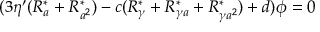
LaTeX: ( 3 \eta ^ { \prime } ( R _ { a } ^ { \ast } + R _ { a ^ { 2 } } ^ { \ast } ) - c ( R _ { \gamma } ^ { \ast } + R _ { \gamma a } ^ { \ast } + R _ { \gamma a ^ { 2 } } ^ { \ast } ) + d ) \phi = 0